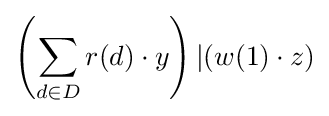
\left(\sum _{d\in D}r(d)\cdot y\right)\vert (w(1)\cdot z)